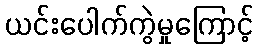
ယင်းပေါက်ကွဲမှုကြောင့်